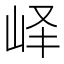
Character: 峄